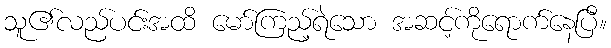
သူ၏လည်ပင်းအထိ မော်ကြည့်ရဲသော အဆင့်ကိုရောက်နေပြီ။